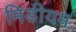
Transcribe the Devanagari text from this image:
मिडीयम